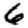
Digit: 6